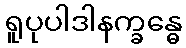
ရူပုပါဒါနက္ခန္ဓေ